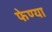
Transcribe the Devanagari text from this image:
फेण्या